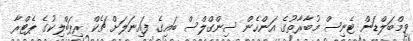
ވިމްބަލްޑަން ޓެނިސް މުބާރާތުގެ އަންހެން ސިންގްލްސް ބައިގެ ފައިނަލަށް ޗެކް ރިޕަބްލިކުގެ ޕެޓްރާ